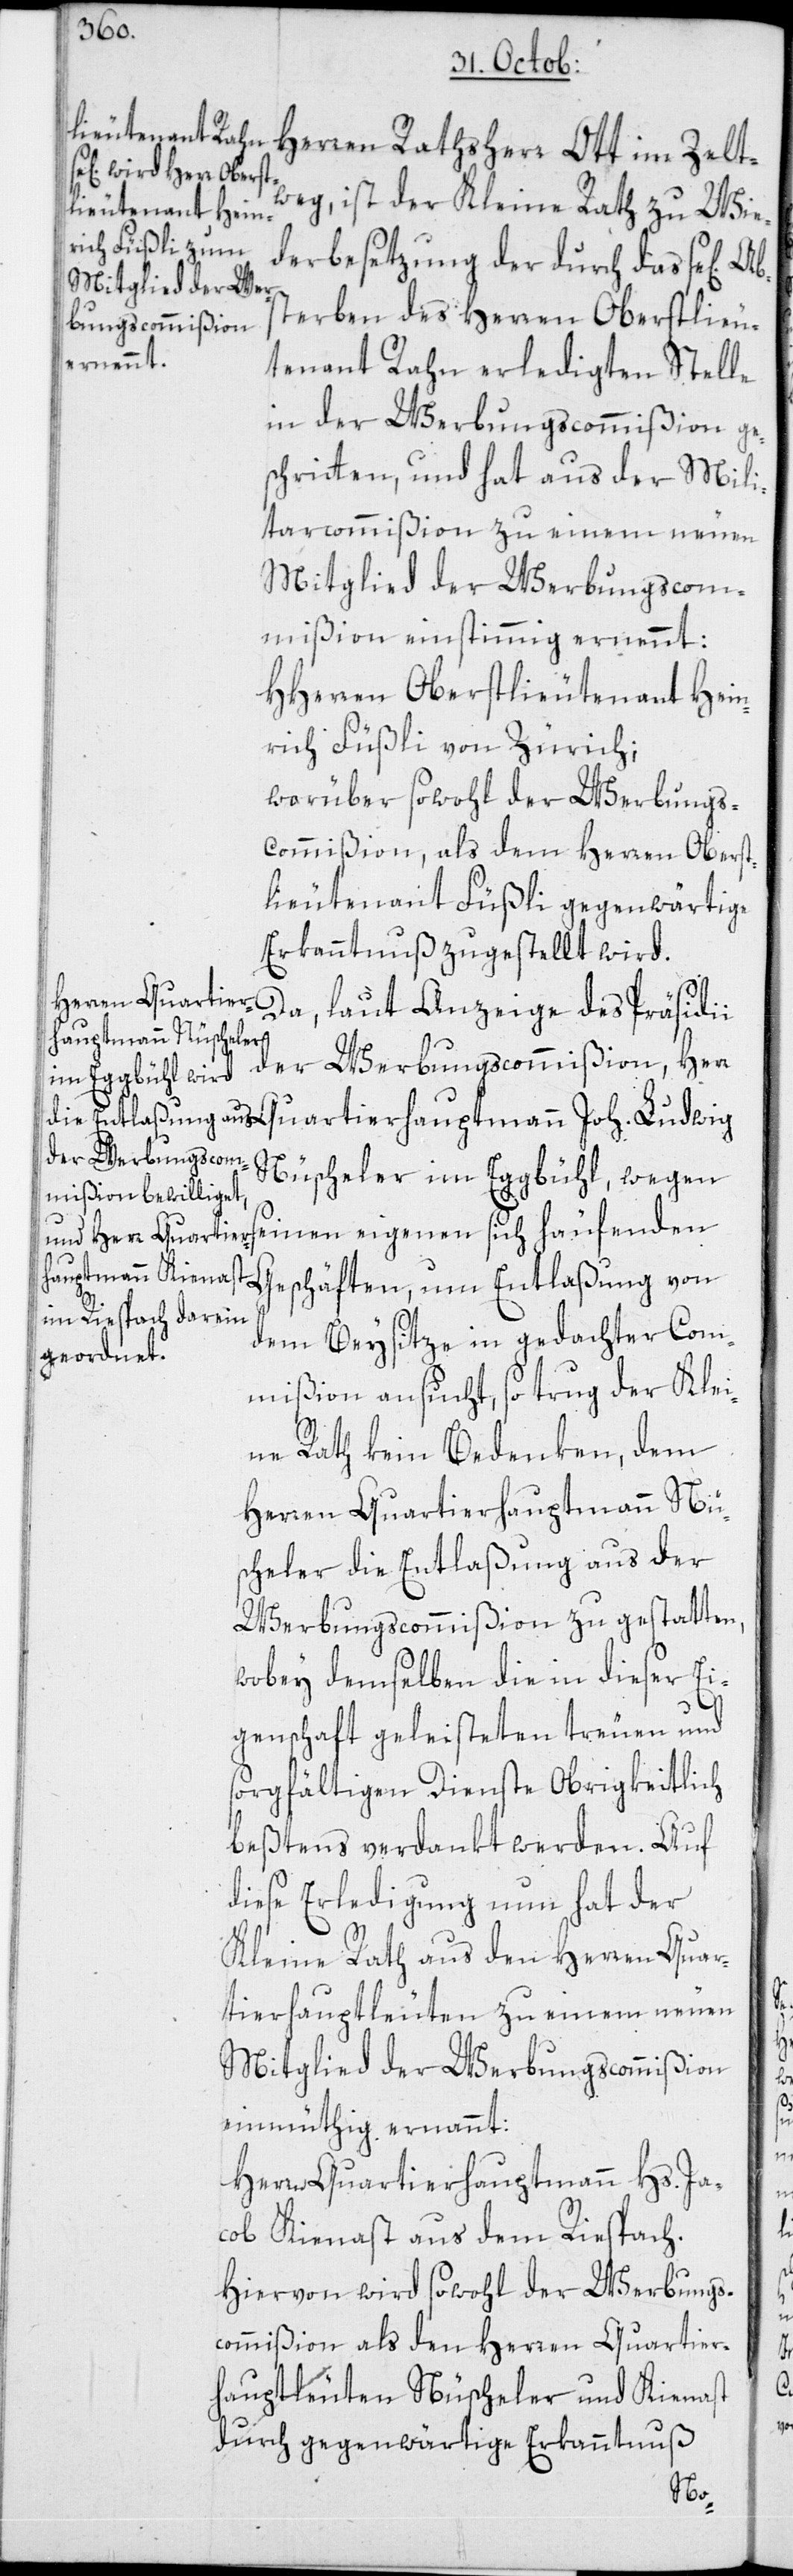
Herren Rathsherr Ott im Zelt¬
weg, ist der Kleine Rath zu Wie¬
derbesetzung der durch das sel[ige]
terben des Herren Oberstlieu¬
tenant Rahn erledigten Stelle
i der Werbungscommißion,
schritten, und hat aus der Mili¬
tarcommißion zu einem neuen
Mitglied der Werbungscom¬
mißion einstimmig ernennt:
HHerren Oberstlieutenant Hein¬
rich Füßli von Zürich;
worüber sowohl der Werbungs¬
commißion, als dem Herren Oberst¬
lieutenant Füßli gegenwärtige
Erkanntnuß zugestellt wird.
Da, laut Anzeige des Präsidi¬
Nüscheler im Eggbühl, wegen
seinen eigenen sich häufenden
Geschäften, um Entlaßung von
Abs¬
dem Beysitze in gedachter Com¬
mißion ansucht, so trug der Klei¬
ne Rath kein Bedenken, dem
Herren Quartierhauptmann Nü¬
scheler die Entlaßung aus der
Werbungscommißion zu gestatten,
wobey demselben die in dieser Ei¬
genschaft geleisteten treuen und
sorgfältigen Dienste Obrigkeitlich
beßtens verdankt werden. Auf
diese Erledigung nun hat der
Kleine Rath aus den Herren Quar¬
tierhauptleuten zu einem neuen
Mitglied der Werbungscommißion
einmüthig ernannt:
Herr Quartierhauptmann Hs. Ja¬
cob Kienast aus dem Riespach.
Hiervon wird sowohl der Werbungs¬
commißion als den Herren Quartier¬
hauptleuten Nüscheler und Kienast
durch gegenwärtige Erkanntnuß